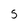
Character: 5